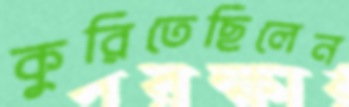
কুরিতেছিলেন